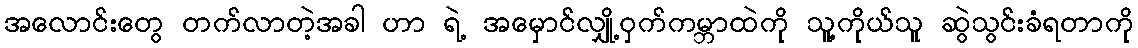
အလောင်းတွေ တက်လာတဲ့အခါ ဟာ ရဲ့ အမှောင်လျှို့ဝှက်ကမ္ဘာထဲကို သူ့ကိုယ်သူ ဆွဲသွင်းခံရတာကို